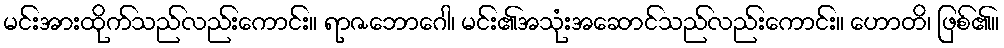
မင်းအားထိုက်သည်လည်းကောင်း။ ရာဇဘောဂေါ၊ မင်း၏အသုံးအဆောင်သည်လည်းကောင်း။ ဟောတိ၊ ဖြစ်၏။